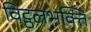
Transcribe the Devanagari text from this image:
विट्ठलभक्ति